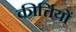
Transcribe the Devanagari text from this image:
कीर्त्तियों